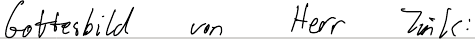
Gottesbild von Herr Zink: